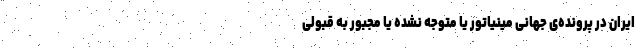
ایران در پرونده‌ی جهانی مینیاتور یا متوجه نشده یا مجبور به قبولی